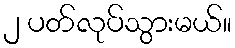
၂ ပတ်လုပ်သွားမယ်။